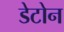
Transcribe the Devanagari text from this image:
डेटोन